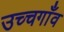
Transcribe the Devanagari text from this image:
उच्चगाँव